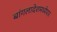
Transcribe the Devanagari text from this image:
बांगलादेशमध्येपार